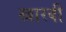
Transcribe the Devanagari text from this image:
खारबी